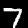
Label: 7